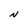
Character: N